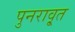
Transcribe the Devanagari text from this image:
पुनरावृ्त